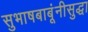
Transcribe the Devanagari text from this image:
सुभाषबाबूंनीसुद्धा